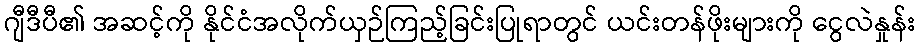
ဂျီဒီပီ၏ အဆင့်ကို နိုင်ငံအလိုက်ယှဉ်ကြည့်ခြင်းပြုရာတွင် ယင်းတန်ဖိုးများကို ငွေလဲနှုန်း